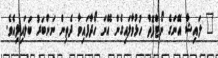
" ލައިޝާ އޭނަގެ ނޯޓްފޮތް ހުޅުވާލައިގެން އޭނަ ހޯދާފައިވާ ދެތިން ނަންބަރު ބަލައިލިއެވެ.